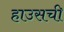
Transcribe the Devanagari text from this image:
हाउसची